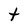
Character: t